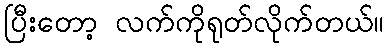
ပြီးတော့ လက်ကိုရုတ်လိုက်တယ်။